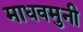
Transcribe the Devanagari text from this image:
माधवमुनी